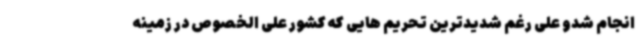
انجام شدو علی رغم شدیدترین تحریم هایی که کشور علی الخصوص در زمینه